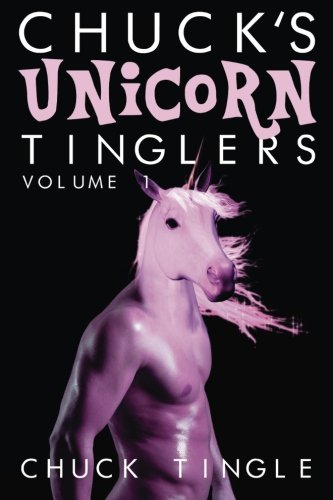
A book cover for Chuck's Unicorn Tinglers: Volume 1; Dr. Chuck Tingle; Romance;